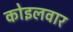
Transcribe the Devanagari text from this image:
कोइलवार